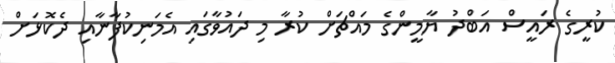
ކުރީގެ ރައީސް އަބްދު ޔާމީންގެ މައްޗަށް ކުރާ މި ދައުވާގައި އެމަނިކުފާނާއި ދެކޮޅަށް